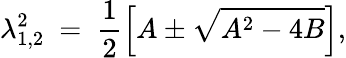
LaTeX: \lambda_{1,2}^{2}\mathrm{~=~}\frac{1}{2}\left[A\pm\sqrt{{{A}^{2}}-4B}\right],